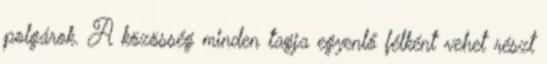
polgárok. A közösség minden tagja egyenlő félként vehet részt